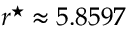
r ^ { \star } \approx 5 . 8 5 9 7